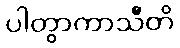
ပါတွာကာသီတိ